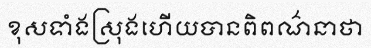
ខុសទាំងស្រុងហើយបានពិពណ៌នាថា